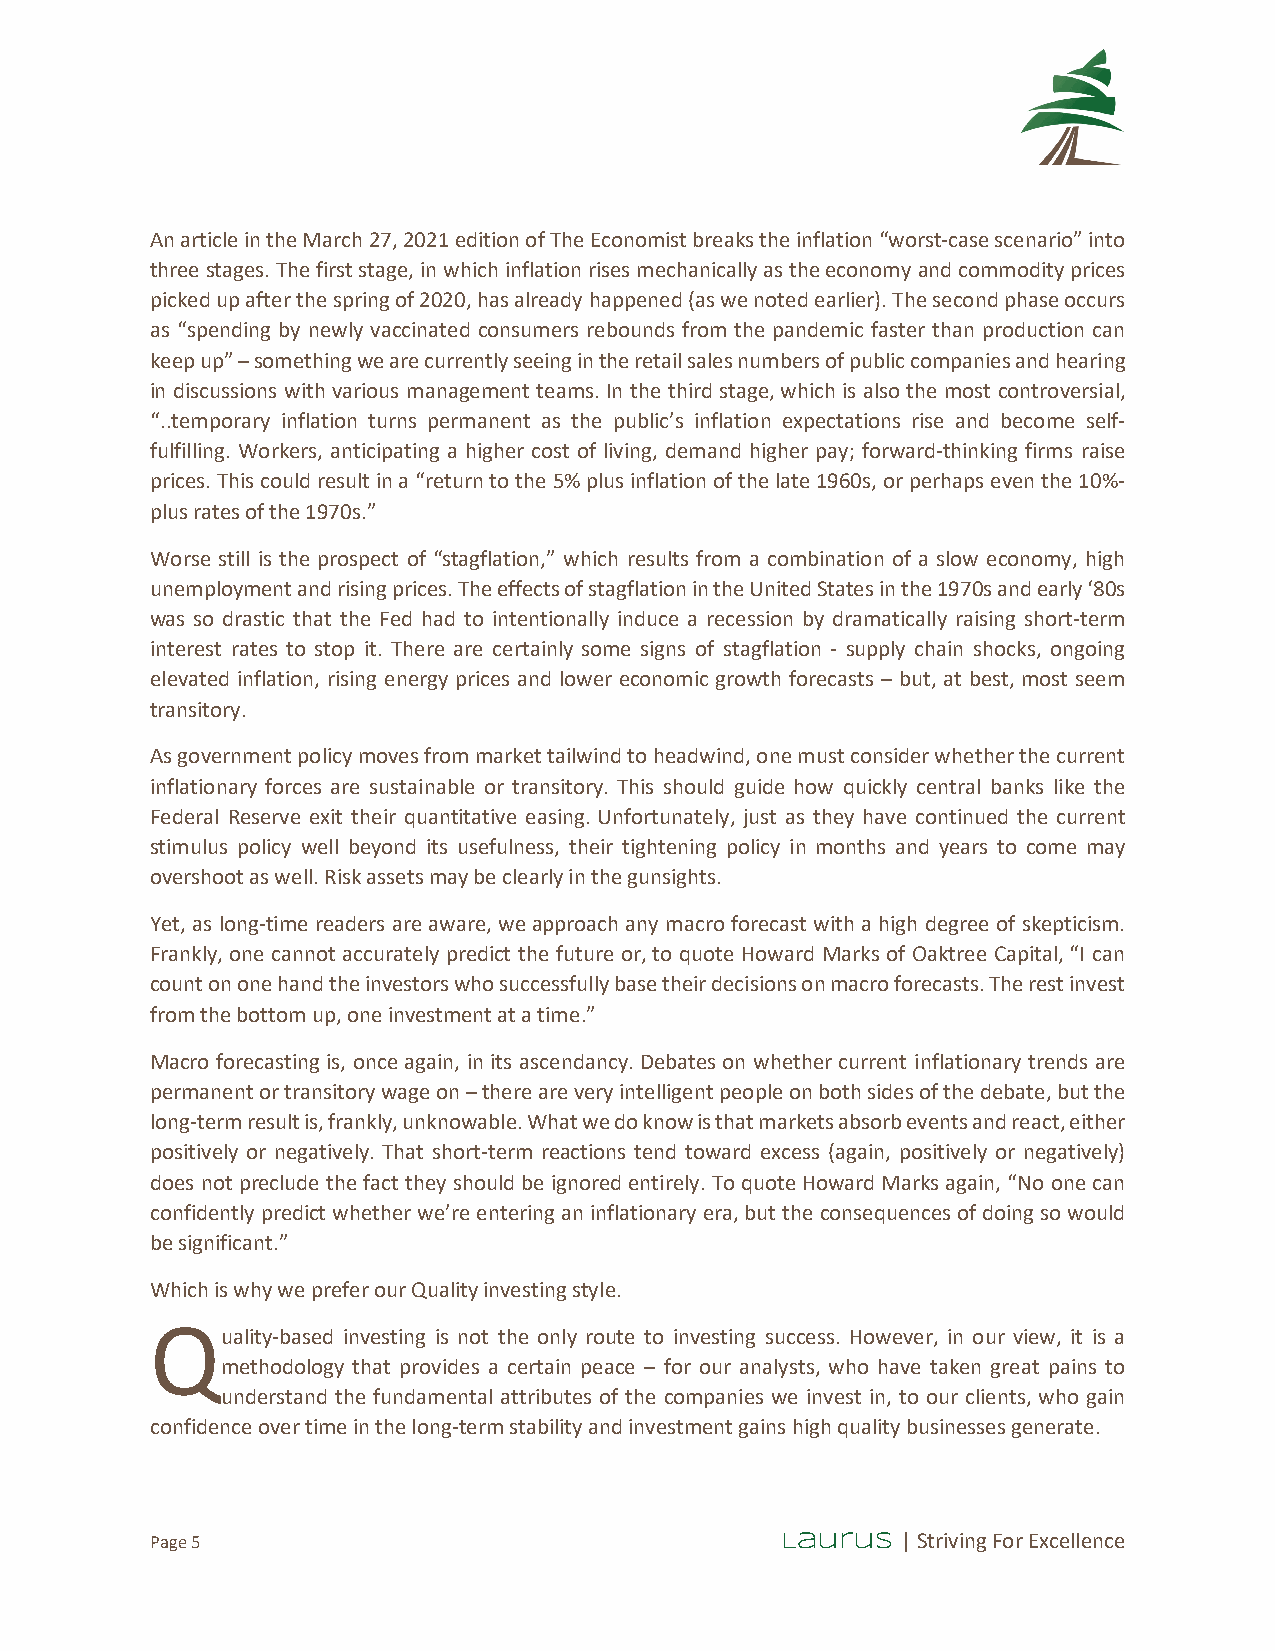
An article in the March 27, 2021 edition of The Economist breaks the inflation “worst-case scenario” into
 three stages. The first stage, in which inflation rises mechanically as the economy and commodity prices
 picked up after the spring of 2020, has already happened (as we noted earlier). The second phase occurs
 as “spending by newly vaccinated consumers rebounds from the pandemic faster than production can
 keep up” – something we are currently seeing in the retail sales numbers of public companies and hearing
 in discussions with various management teams. In the third stage, which is also the most controversial,
 “..temporary inflation turns permanent as the public’s inflation expectations rise and become self-
 fulfilling. Workers, anticipating a higher cost of living, demand higher pay; forward-thinking firms raise
 prices. This could result in a “return to the 5% plus inflation of the late 1960s, or perhaps even the 10%-
 plus rates of the 1970s.”
 Worse still is the prospect of “stagflation,” which results from a combination of a slow economy, high
 unemployment and rising prices. The effects of stagflation in the United States in the 1970s and early ‘80s
 was so drastic that the Fed had to intentionally induce a recession by dramatically raising short-term
 interest rates to stop it. There are certainly some signs of stagflation - supply chain shocks, ongoing
 elevated inflation, rising energy prices and lower economic growth forecasts – but, at best, most seem
 transitory.
 As government policy moves from market tailwind to headwind, one must consider whether the current
 inflationary forces are sustainable or transitory. This should guide how quickly central banks like the
 Federal Reserve exit their quantitative easing. Unfortunately, just as they have continued the current
 stimulus policy well beyond its usefulness, their tightening policy in months and years to come may
 overshoot as well. Risk assets may be clearly in the gunsights.
 Yet, as long-time readers are aware, we approach any macro forecast with a high degree of skepticism.
 Frankly, one cannot accurately predict the future or, to quote Howard Marks of Oaktree Capital, “I can
 count on one hand the investors who successfully base their decisions on macro forecasts. The rest invest
 from the bottom up, one investment at a time.”
 Macro forecasting is, once again, in its ascendancy. Debates on whether current inflationary trends are
 permanent or transitory wage on – there are very intelligent people on both sides of the debate, but the
 long-term result is, frankly, unknowable. What we do know is that markets absorb events and react, either
 positively or negatively. That short-term reactions tend toward excess (again, positively or negatively)
 does not preclude the fact they should be ignored entirely. To quote Howard Marks again, “No one can
 confidently predict whether we’re entering an inflationary era, but the consequences of doing so would
 be significant.”
 Which is why we prefer our Quality investing style.
 Qu   ality-based investing is not the only route to investing success. However, in our view, it is a
 methodology that provides a certain peace – for our analysts, who have taken great pains to
 understand the fundamental attributes of the companies we invest in, to our clients, who gain
 confidence over time in the long-term stability and investment gains high quality businesses generate.
 Page 5                                    Laurus  | Striving For Excellence